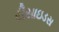
રીસાઇડસ